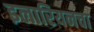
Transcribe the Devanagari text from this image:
इलारियनचा